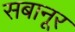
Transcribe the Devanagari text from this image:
सबानूर